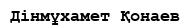
Дінмұхамет Қонаев